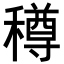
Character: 𥢎